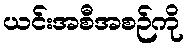
ယင်းအစီအစဉ်ကို